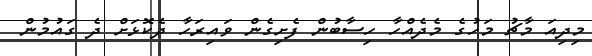
މިދިއަ މާޗު މަހުގެ މެދެއްހާ ހިސާބުން ފެށިގެން ވައިރަހާ ދެކޮޅަށް ދެ ގައުމުން